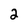
Character: 2